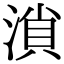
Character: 溑